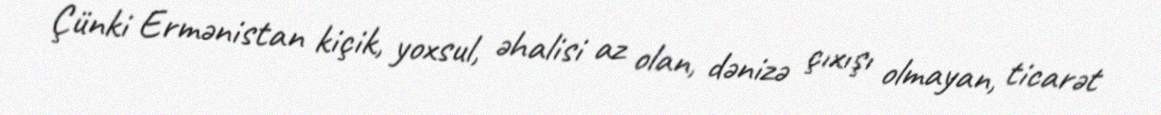
Çünki Ermənistan kiçik, yoxsul, əhalisi az olan, dənizə çıxışı olmayan, ticarət